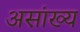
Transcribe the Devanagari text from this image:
असांख्य